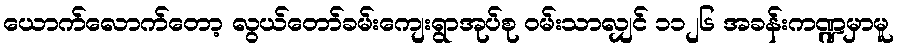
ယောက်လောက်တော့ လွယ်တော်ခမ်းကျေးရွာအုပ်စု ဝမ်းသာလျှင် ၁၁၂၆ အခန်းကဏ္ဍမှာမူ